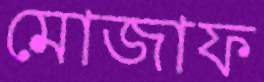
মোজাফ